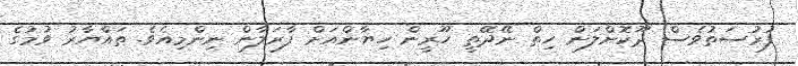
ފުރުސަތުވެސް ދޫކޮށްލަން ހިތް ނޭދޭތީ ހޫރީން ހިޔާންއަށް ފާރަލާން ނިންމިއެވެ. ތައްޔާރު ވުމުގެ